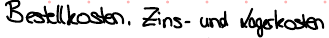
Bestellkosten, Zins- und Lagerkosten